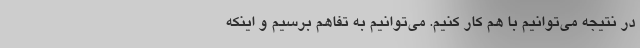
در نتیجه می‌توانیم با هم کار کنیم. می‌توانیم به تفاهم برسیم و اینکه